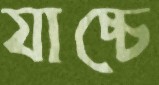
যাচ্চে